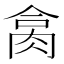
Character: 𦚷